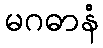
မဂဓာနံ